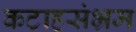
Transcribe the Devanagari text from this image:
कटाहसंभ्रम